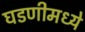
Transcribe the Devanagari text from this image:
घडणीमध्ये